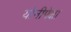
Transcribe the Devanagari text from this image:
योनीपेक्षा